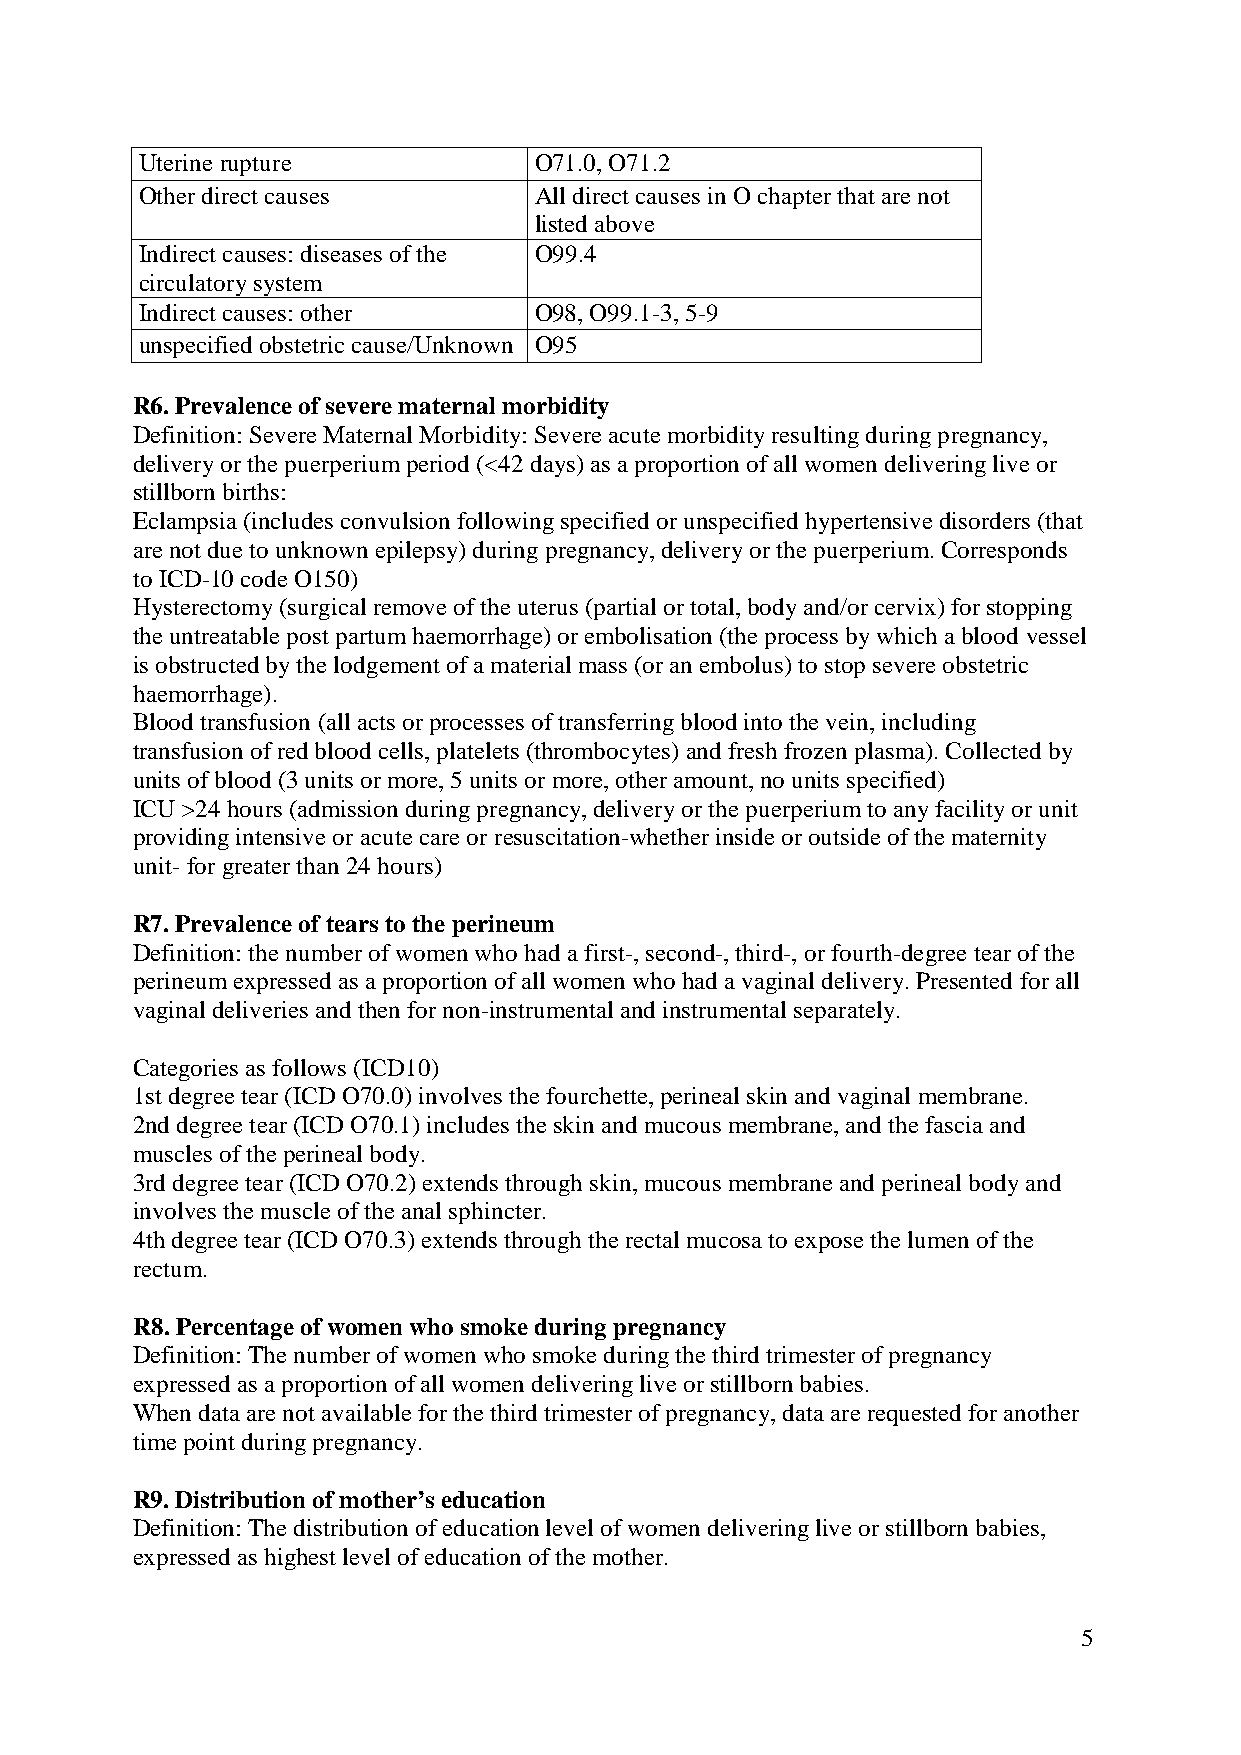
Uterinerupture            O71.0, O71.2
 Other direct causes       All direct causes in O chapter that are not
 listed above
 Indirect causes: diseases of the O99.4
 circulatory system
 Indirect causes: other    O98, O99.1-3, 5-9
 unspecified obstetric cause/Unknown O95
 R6. Prevalence of severe maternal morbidity
 Definition: Severe Maternal Morbidity: Severe acute morbidity resulting during pregnancy,
 delivery or the puerperium period (<42 days) as a proportion of all women delivering live or
 stillborn births:
 Eclampsia (includes convulsion following specified or unspecified hypertensive disorders (that
 are not due to unknown epilepsy) duringpregnancy, delivery or the puerperium. Corresponds
 to ICD-10 code O150)
 Hysterectomy (surgical remove of the uterus (partial or total, body and/or cervix) for stopping
 the untreatable post partum haemorrhage) or embolisation (the process by which a blood vessel
 is obstructed by the lodgement of a material mass (or an embolus) to stop severe obstetric
 haemorrhage).
 Blood transfusion (all acts or processes of transferring blood into the vein, including
 transfusion of red blood cells, platelets (thrombocytes) and fresh frozen plasma). Collected by
 units of blood (3 units or more, 5 units or more, other amount, no units specified)
 ICU >24 hours (admission during pregnancy, delivery or the puerperium to any facility or unit
 providing intensive or acute care or resuscitation-whether inside or outside of the maternity
 unit-for greater than 24 hours)
 R7. Prevalence of tears to the perineum
 Definition: the number of women who had a first-, second-, third-, or fourth-degree tear of the
 perineum expressed as a proportion of all women who had a vaginal delivery. Presented for all
 vaginal deliveries and then for non-instrumental and instrumental separately.
 Categories as follows (ICD10)
 1st degree tear (ICD O70.0) involves the fourchette, perineal skin and vaginal membrane.
 2nd degree tear (ICD O70.1) includes the skin and mucous membrane, and the fascia and
 muscles of the perineal body.
 3rd degree tear (ICD O70.2) extends through skin, mucous membrane and perineal body and
 involves the muscle of the anal sphincter.
 4th degree tear (ICD O70.3) extends through the rectal mucosa to expose the lumen of the
 rectum.
 R8. Percentage of women who smoke during pregnancy
 Definition: The number of women who smoke during the third trimester of pregnancy
 expressed as a proportion of all women delivering live or stillborn babies.
 When data are not available for the third trimester of pregnancy, data are requested for another
 time point during pregnancy.
 R9. Distribution of mother’s education
 Definition: The distribution of education level of women delivering live or stillborn babies,
 expressed as highest level of education of the mother.
 5